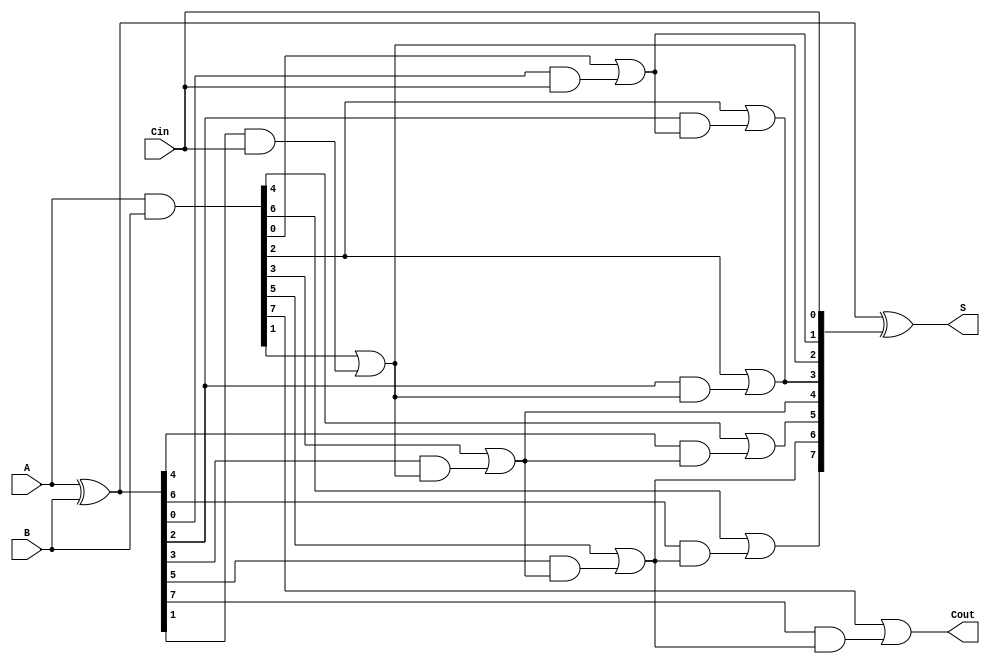
module brent_kung_adder #(parameter N = 8) (
    input  [N-1:0] A,
    input  [N-1:0] B,
    input         Cin,
    output [N-1:0] S,
    output        Cout
);
    // Generate and Propagate signals
    wire [N-1:0] G;
    wire [N-1:0] P;
    wire [N:0] C; // Carry signals (C[0] = Cin)

    assign G = A & B;          // Generate signals
    assign P = A ^ B;          // Propagate signals
    assign C[0] = Cin;         // Initial carry input

    // Carry generation stages
    genvar i;
    generate
        // Level 0
        for (i = 0; i < N; i = i + 1) begin : level0
            // Direct carry calculation
            if (i % 2 == 0) begin
                assign C[i+1] = G[i] | (P[i] & C[i]);
            end
            else begin
                assign C[i+1] = G[i] | (P[i] & C[i-1]);
            end
        end

        // Levels above 0
        for (i = 0; i < N/2; i = i + 1) begin : level1
            if (i < N/4) begin
                assign C[2*i + 2] = G[2*i + 1] | (P[2*i + 1] & C[2*i]);
            end
            if (i < (N/4) - 1) begin
                assign C[2*i + 3] = G[2*i + 2] | (P[2*i + 2] & C[2*i + 1]);
            end
        end
    endgenerate

    // Sum calculation
    assign S = P ^ C[N-1:0]; // S[i] = P[i] XOR C[i]

    // Carry out
    assign Cout = C[N]; // Last carry out

endmodule